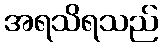
အရသိရသည်